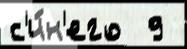
с'и́н'его  9